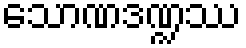
သောဏဒဏ္ဍဿ